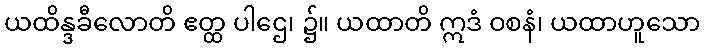
ယထိန္ဒခီလောတိ ဧတ္ထ ပါဌေ၊ ၌။ ယထာတိ ဣဒံ ဝစနံ၊ ယထာဟူသော